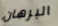
البرهان